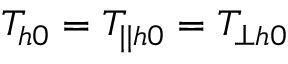
T _ { h 0 } = T _ { | | h 0 } = T _ { \perp h 0 }